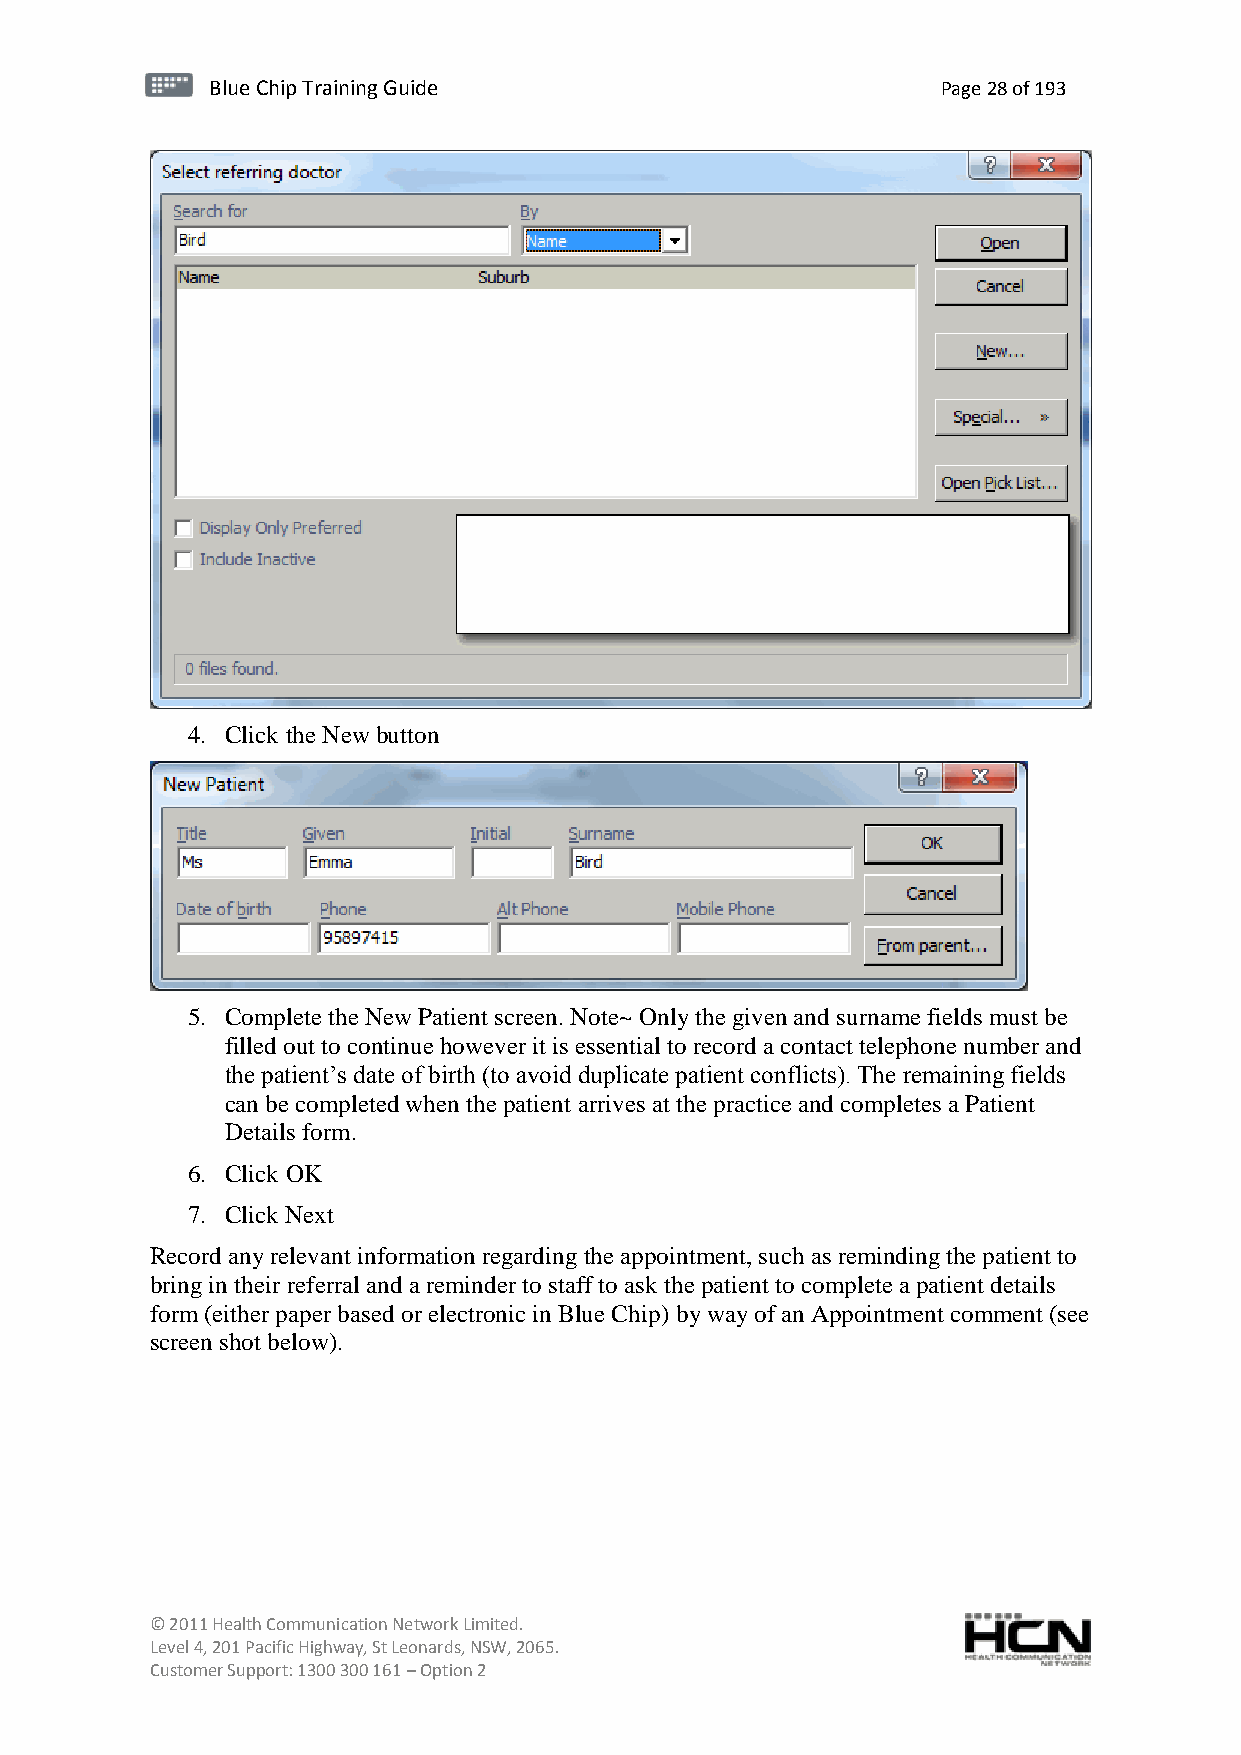
BBlluuee C Chihpi pTr Tairnainingi Gnugi dGeu ide Page 28 of 193
 4. Click the New button
 5. Complete the New Patient screen. Note~ Only the given and surname fields must be
 filled out to continue however it is essential to record a contact telephone number and
 the patient’s date of birth (to avoid duplicate patient conflicts). The remaining fields
 can be completed when the patient arrives at the practice and completes a Patient
 Details form.
 6. Click OK
 7. Click Next
 Record any relevant information regarding the appointment, such as reminding the patient to
 bring in their referral and a reminder to staff to ask the patient to complete a patient details
 form (either paper based or electronic in Blue Chip) by way of an Appointment comment (see
 screen shot below).
 © 2011 Health Communication Network Limited.
 Level 4, 201 Pacific Highway, St Leonards, NSW, 2065.
 Customer Support: 1300 300 161 – Option 2